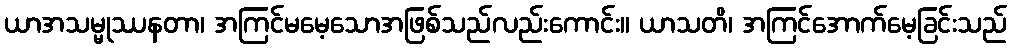
ယာအသမ္မုဿနတာ၊ အကြင်မမေ့သောအဖြစ်သည်လည်းကောင်း။ ယာသတိ၊ အကြင်အောက်မေ့ခြင်းသည်